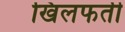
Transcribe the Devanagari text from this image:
खिलफती